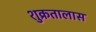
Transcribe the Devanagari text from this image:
शुक्रतालास